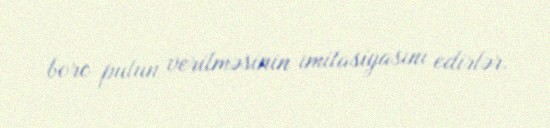
borc pulun verilməsinin imitasiyasını edirlər.